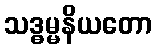
သဒ္ဓမ္မနိယတော